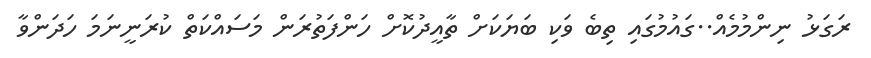
ރަގަޅު ނިންމުމެއް..ގައުމުގައި ތިބެ ވަކި ބަޔަކަށް ތާއީދުކޮށް ހަންފަތުރަން މަސައްކަތް ކުރަނީނަމަ ހަދަންވާ